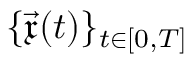
\{ \vec { \mathfrak { x } } ( t ) \} _ { t \in [ 0 , T ] }